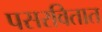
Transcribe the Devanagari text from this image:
पसरवितात